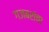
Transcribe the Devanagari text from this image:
गजबरांचा